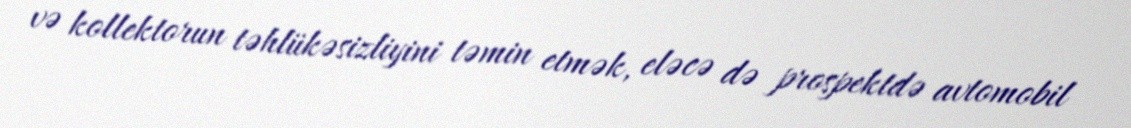
və kollektorun təhlükəsizliyini təmin etmək, eləcə də prospektdə avtomobil